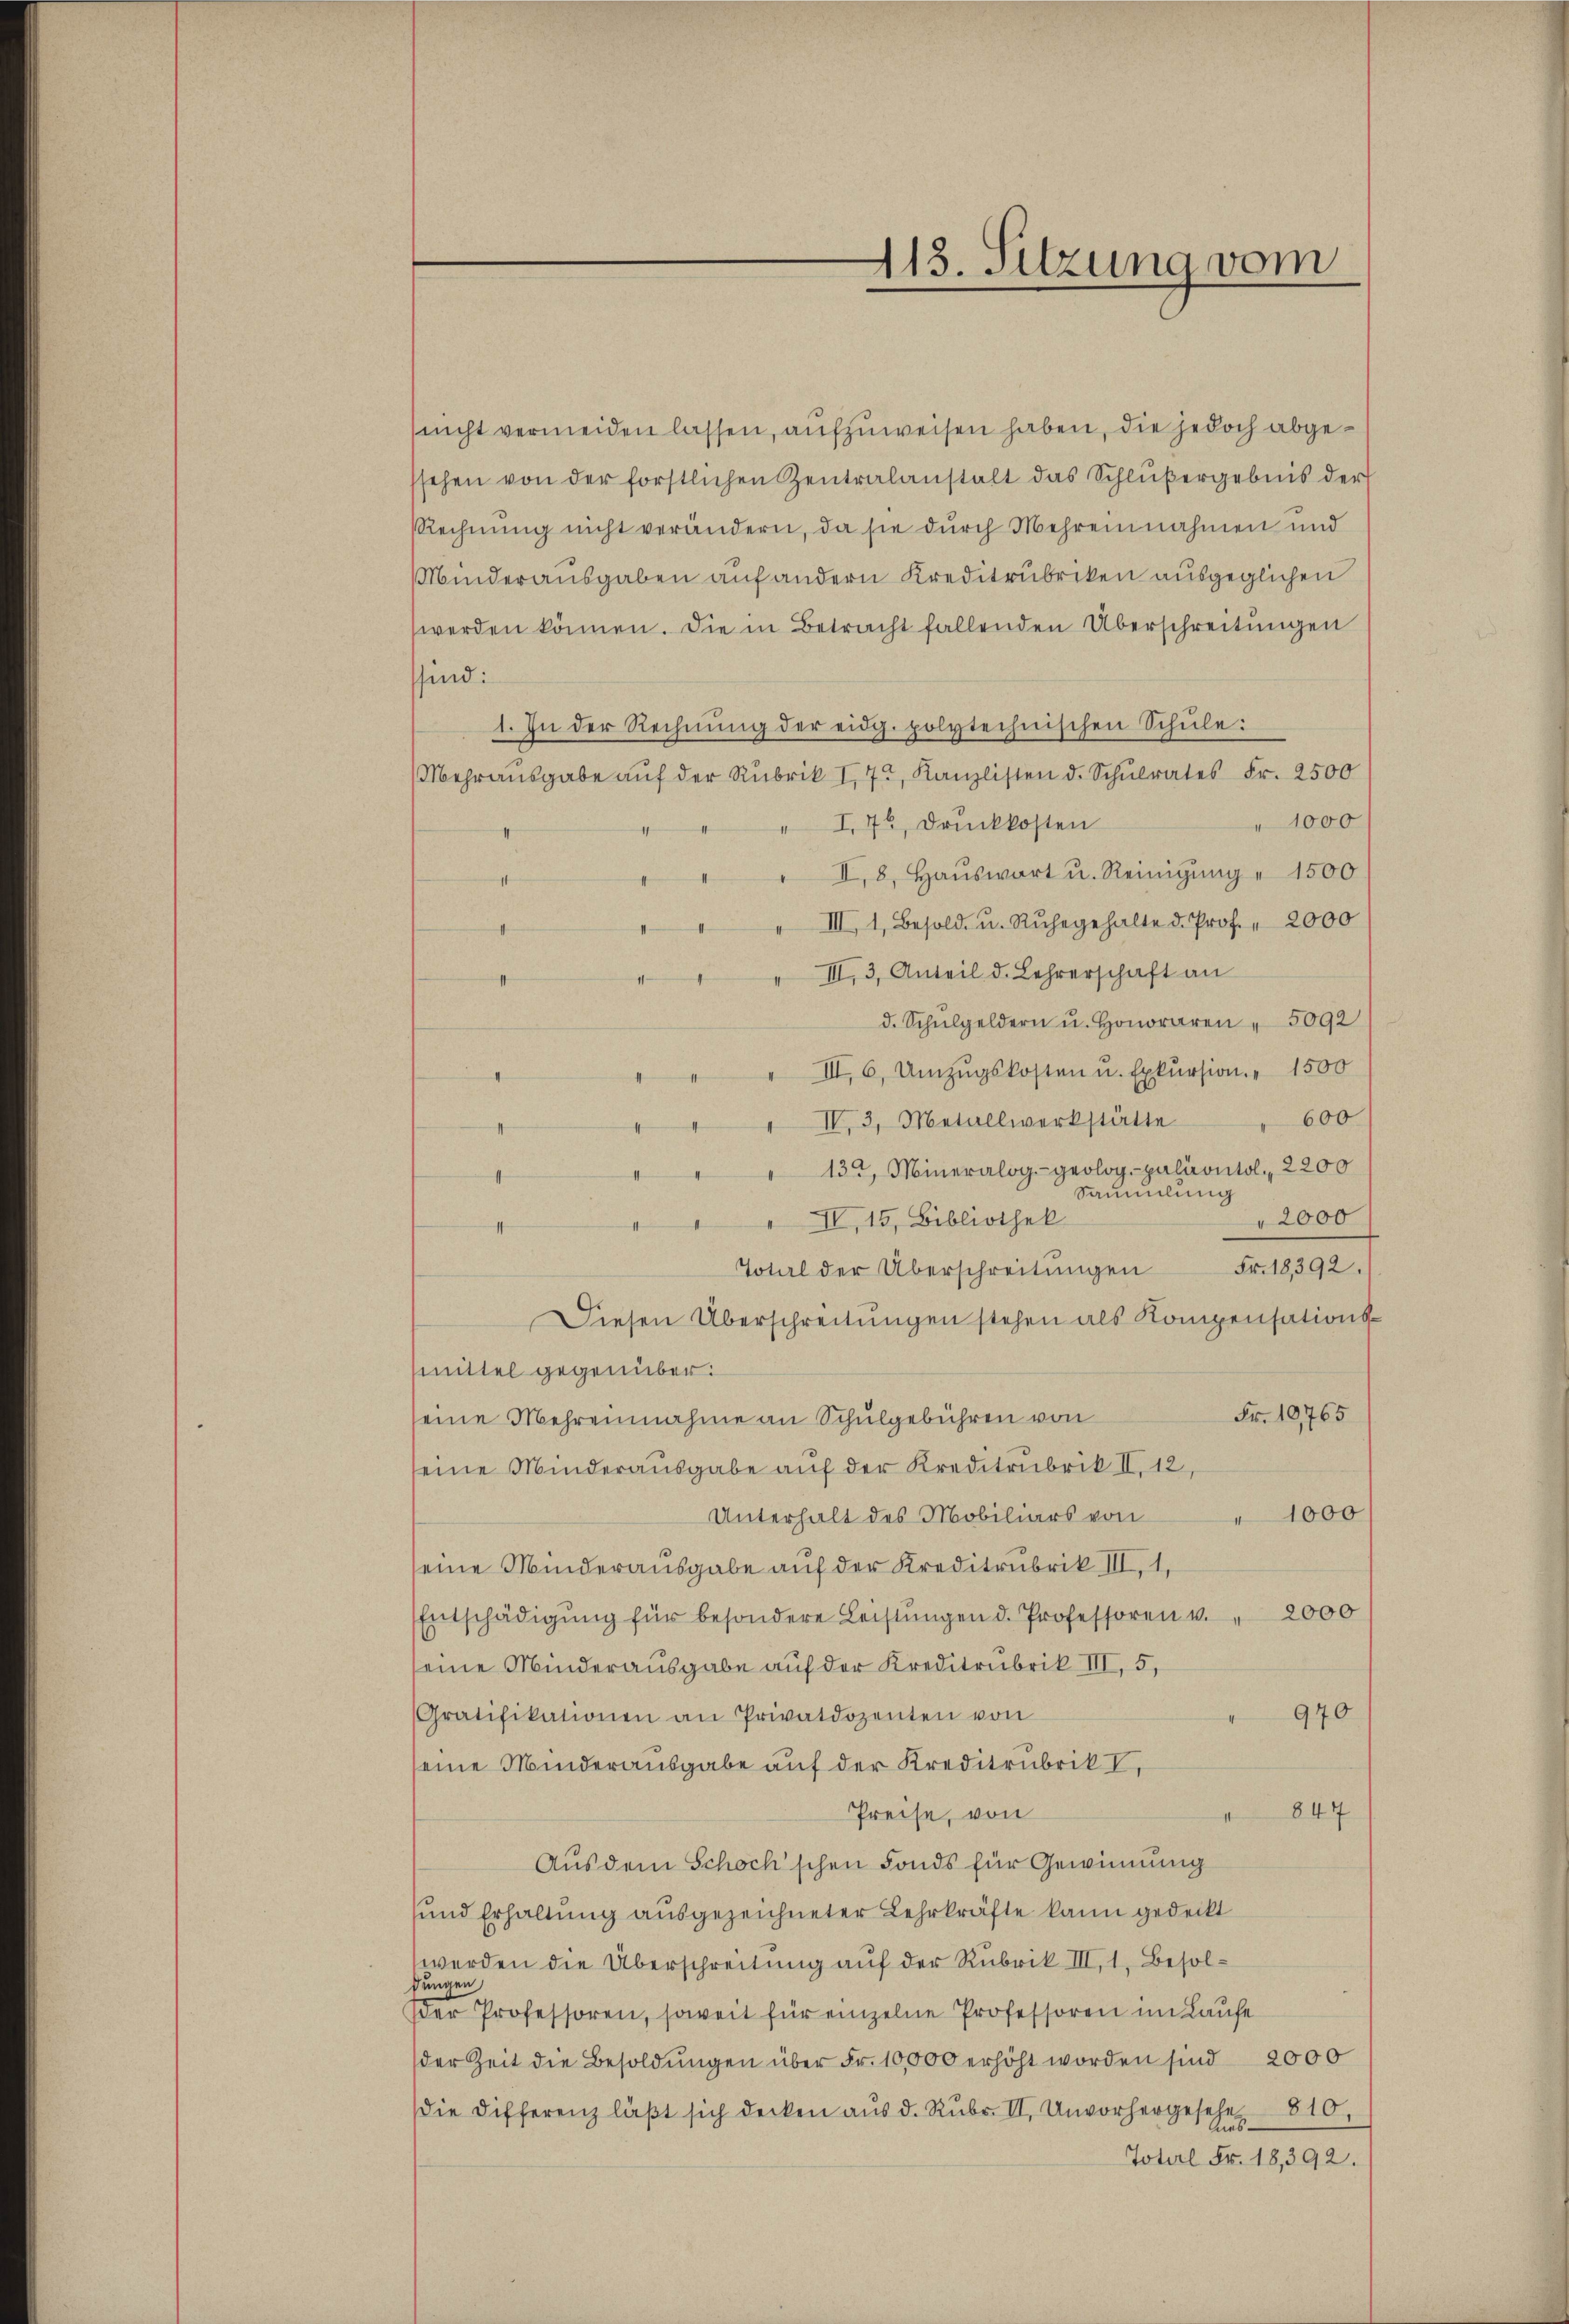
(nicht vermeiden lassen, aufzuweisen haben, die jedoch abgessehen von der förstlichen Zentralanstalt das Schlŭβergebnis der
Rechnŭng nicht verändern, da sie dŭrch Mehreinnahmen und
Minderausgaben auf andern Kreditrubriken ausgeglichen
werden können. Die in Betracht fallenden Überschreitŭngen
sind:
1. In der Rechnŭng der eidg. polytechnischen Schŭle:
(Mehraŭsgabe aŭf der Rubrik I, 72, Kanzlisten d. Schŭlrates Fr. 2500
1000
" I, 76, Druckkosten
" II, 8. Haŭswort u. Reinigung " 1500
1
III, 1, Besold. u. Ruhegehalte d. Prof. " 2000
x
III. 3, Anteil d. Lehrerschaft an
11
d. Schŭlgeldern u. honoraren " 5092
" " III 6, Umzŭgskosten u. Exkŭrsion. " 1500
.
600
"" IV 3 Metallwerkstätte
" 13ten Mineralog geolog. paläontol. 2200
Sammlung
2000
" " " IV, 15, Bibliothek
e
Fr. 18,392.
Total der Überschreitungen
Diesen Überschreitungen stehen als Kompensations¬
Mittel gegenüber.
Fr. 10,765
seine Mehreinnahme an Schulgebühren von
seine Minderausgabe auf der Kreditrubrik II. 12,
Unterhalt des Mobiliars von 1000
eine Minderausgabe auf der Kreditrubrik III, 1,
Entschädigŭng für besondere Leistŭngen d. Professoren v. 2000
seine Minderausgabe auf der Kreditrubrik III, 5,
Gratifikationen an Privatdozenten von
970
seine Minderausgabe auf der Kreditrubrik I,
847
Preise, von
Aus dem Schock'schen Fonds für Gewinnung
und Erhaltung ausgezeichneter Lehrkräfte kann gedeckt
werden die Überschreitung auf der Rubrik III, 1, Besoldungen
der Professoren, soweit für einzelne Professoren im Laufe
der Zeit die Besoldŭngen über Fr. 10,000 erhöht worden sind 2000
die Differenz läβt sich decken aŭs d. Rŭbr. II. Unvorhergesehe 810.
Totel Fr. 18,392.

113. Sitzung vom